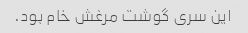
این سری گوشت مرغش خام بود.